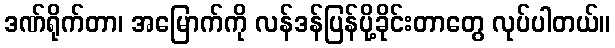
ဒဏ်ရိုက်တာ၊ အမြောက်ကို လန်ဒန်ပြန်ပို့ခိုင်းတာတွေ လုပ်ပါတယ်။